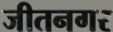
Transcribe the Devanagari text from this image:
जीतनगर